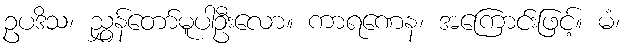
ဥပဒိသ၊ ညွှန်တော်မူပါဦးလော။ ကာရဏေန၊ အကြောင်းဖြင့်။ မံ၊